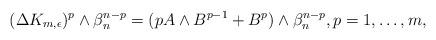
LaTeX: \begin{align*} ( \Delta K_{m,\epsilon})^p\wedge\beta_n^{n-p}=(pA\wedge B^{p-1}+B^p)\wedge\beta_n^{n-p},p= 1,\ldots,m, \end{align*}